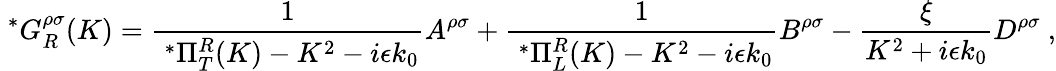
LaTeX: \ ^{*}G_{R}^{\rho\sigma}(K)=\frac{1}{\ ^{*}\Pi_{T}^{R}(K)-K^{2}-i\epsilon k_{0}}A^{\rho\sigma}+\frac{1}{\ ^{*}\Pi_{L}^{R}(K)-K^{2}-i\epsilon k_{0}}B^{\rho\sigma}-\frac{\xi}{K^{2}+i\epsilon k_{0}}D^{\rho\sigma}\ ,